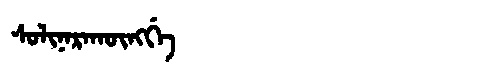
Manchu: ᠰᠣᠯᡳᠨᠠᡵᠠᡴᡡᠩᡤᡝ
Romanization: SOLINARAKŪNGGE